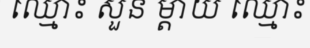
ឈ្មោះ សួន ម្តាយ ឈ្មោះ